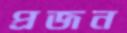
প্রজন